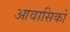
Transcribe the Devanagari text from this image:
आवासिकों